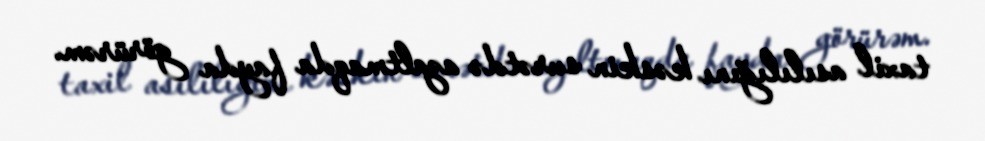
taxil asılılığını kəskin surətdə azaltmaqda fayda görürəm.